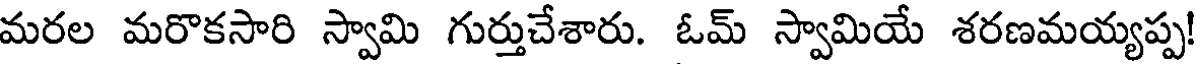
మరల మరొకసారి స్వామి గుర్తుచేశారు. ఓమ్ స్వామియే శరణమయ్యప్ప